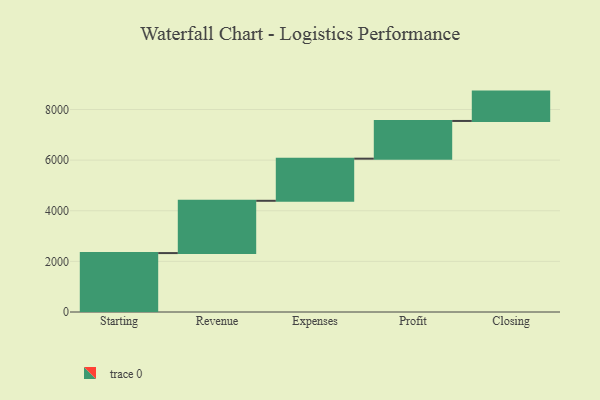
{"axis": {"x": "Step", "y": "Value"}, "legend": [""], "data": [{"x": "Starting", "y": 2328.0, "type": ""}, {"x": "Revenue", "y": 2066.0, "type": ""}, {"x": "Expenses", "y": 1664.0, "type": ""}, {"x": "Profit", "y": 1490.0, "type": ""}, {"x": "Closing", "y": 1160.0, "type": ""}]}